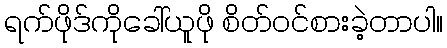
ရက်ဖိုဒ်ကိုခေါ်ယူဖို စိတ်ဝင်စားခဲ့တာပါ။